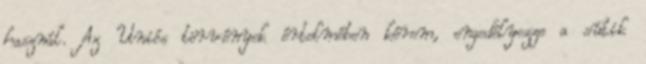
használ. Az Uniós törvények értelmében kérem, engedélyezze a sütik